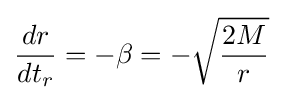
{\frac {dr}{dt_{r}}}=-\beta =-{\sqrt {\frac {2M}{r}}}